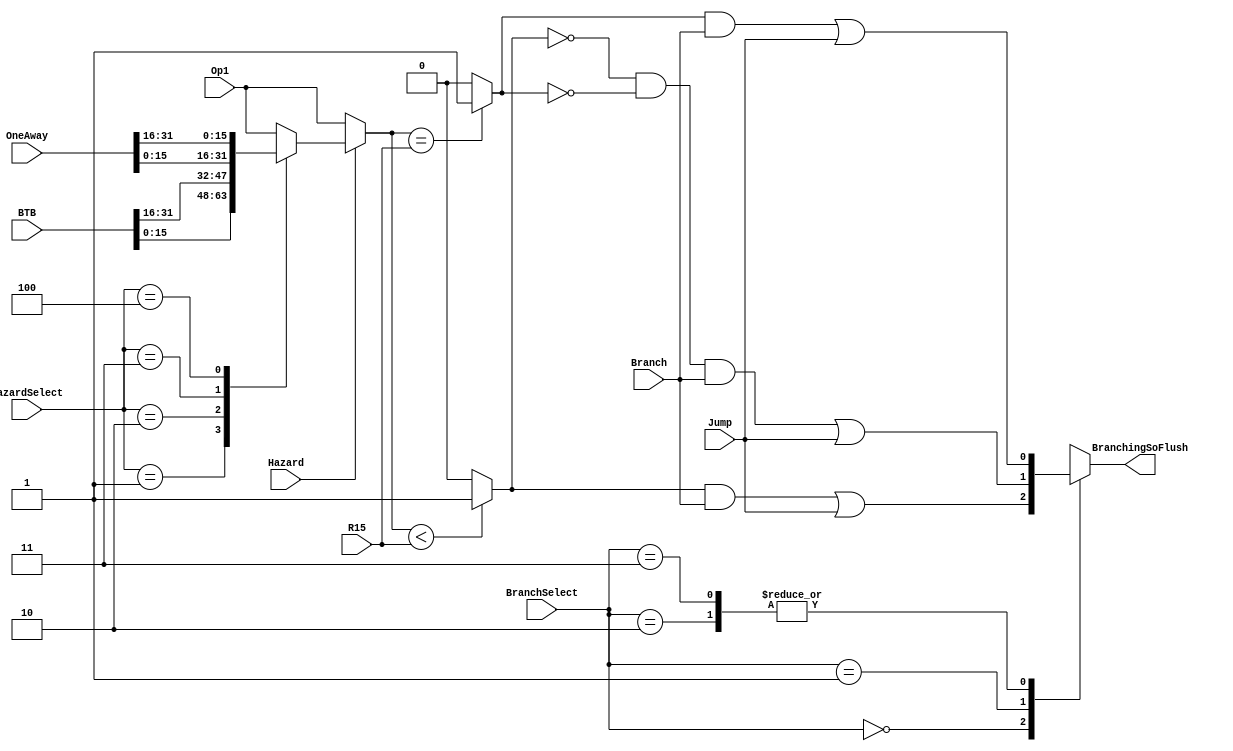
module BranchEquator(input [15:0] Op1,R15,
					 input [31:0] BTB, OneAway,
					 input [1:0]   BranchSelect,
					 input [2:0] HazardSelect,
					 input Hazard, Branch, Jump, 
					 output reg BranchingSoFlush);

reg Negative, Zero;
reg [15:0] Operand;

always @(*)
begin
	//Default Values:
	Negative = 1'b0;
	Zero = 1'b0;
	BranchingSoFlush=1'b0;
	Operand = Op1;
	
	if(Hazard)
	begin
		case(HazardSelect)
		3'b001: Operand = BTB [15:0];
		3'b010: Operand = BTB [31:16];
		3'b011: Operand = OneAway [15:0];
		3'b100: Operand = OneAway [31:16];
		endcase
	end
	//Test Result for flags:
	if(Operand < R15)
		Negative = 1'b1;
	if (Operand == R15)
		Zero = 1'b1;
	//Test Flags for BranchResult
	case(BranchSelect)
		//BLT
		2'b00: BranchingSoFlush = (Negative & Branch) | Jump;
		//BGT
		2'b01: BranchingSoFlush = (!Negative & !Zero & Branch) | Jump;
		//BEQ, covers 2'b10, 2'b11
		2'b10: BranchingSoFlush = (Zero & Branch) | Jump;
		2'b11: BranchingSoFlush = (Zero & Branch) | Jump;
		default: BranchingSoFlush = 0;
	endcase

end
endmodule